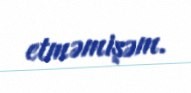
etməmişəm.